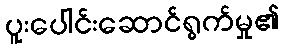
ပူးပေါင်းဆောင်ရွက်မှု၏